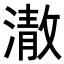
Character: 𭲕